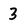
Character: 3